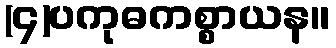
(၄)ပကုဓကစ္စာယန။